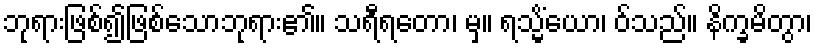
ဘုရားဖြစ်၍ဖြစ်သောဘုရား၏။ သရီရတော၊ မှ။ ရသ္မိံယော၊ ဝ်သည်။ နိက္ခမိတွာ၊